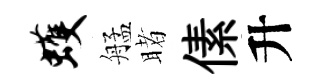
蠖艋睹傃升